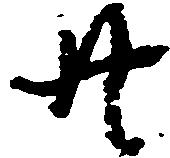
廿